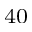
_ { 4 0 }